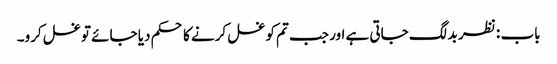
باب : نظر بد لگ جاتی ہے اور جب تم کو غسل کرنے کا حکم دیا جائے تو غسل کرو۔